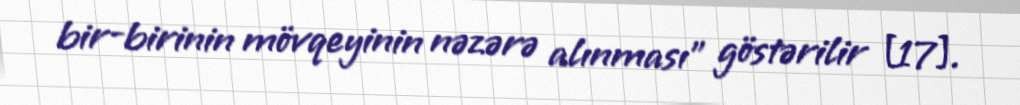
bir-birinin mövqeyinin nəzərə alınması" göstərilir [17].